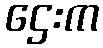
ဌေးက